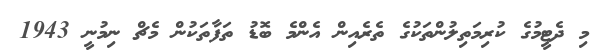
މި ދެޓީމުގެ ކުރިމަތިލުންތަކުގެ ތެރެއިން އެންމެ ބޮޑު ތަފާތަކުން މެޗް ނިމުނީ 1943